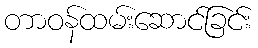
တာဝန်ထမ်းဆောင်ခြင်း